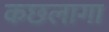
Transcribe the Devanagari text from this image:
कछलागा